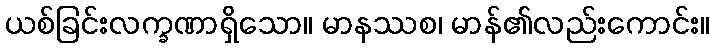
ယစ်ခြင်းလက္ခဏာရှိသော။ မာနဿစ၊ မာန်၏လည်းကောင်း။